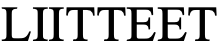
LIITTEET